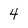
Character: 4